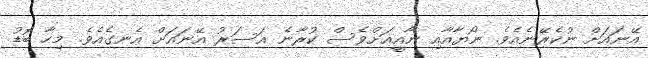
އޭނައަށް ނުކެރޭނެއެވެ. ނޯޔާއާއި ނާއީއަށްވެސް ކުރާނެ އަސަރު އޭނައަށް އެނގެއެވެ. މިހާ ބޮޑު